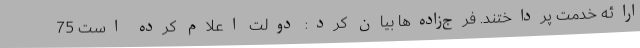
ارائه خدمت پرداختند. فرج‌زاده‌ها بیان کرد: دولت اعلام کرده است 75